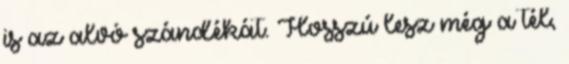
is az alvó szándékát. Hosszú lesz még a tél,